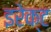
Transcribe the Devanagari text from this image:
इरेक्ट